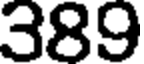
389